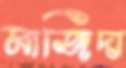
মাজিদা